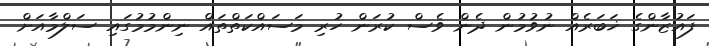
ފައުޒާންގެ ޚަބަރެއް ނުވުމުން ދެން ވެސް ކުރަން ހުރި މަސައްކަތްތައް ނިންމުމުގައި ސަލްމާއަށް